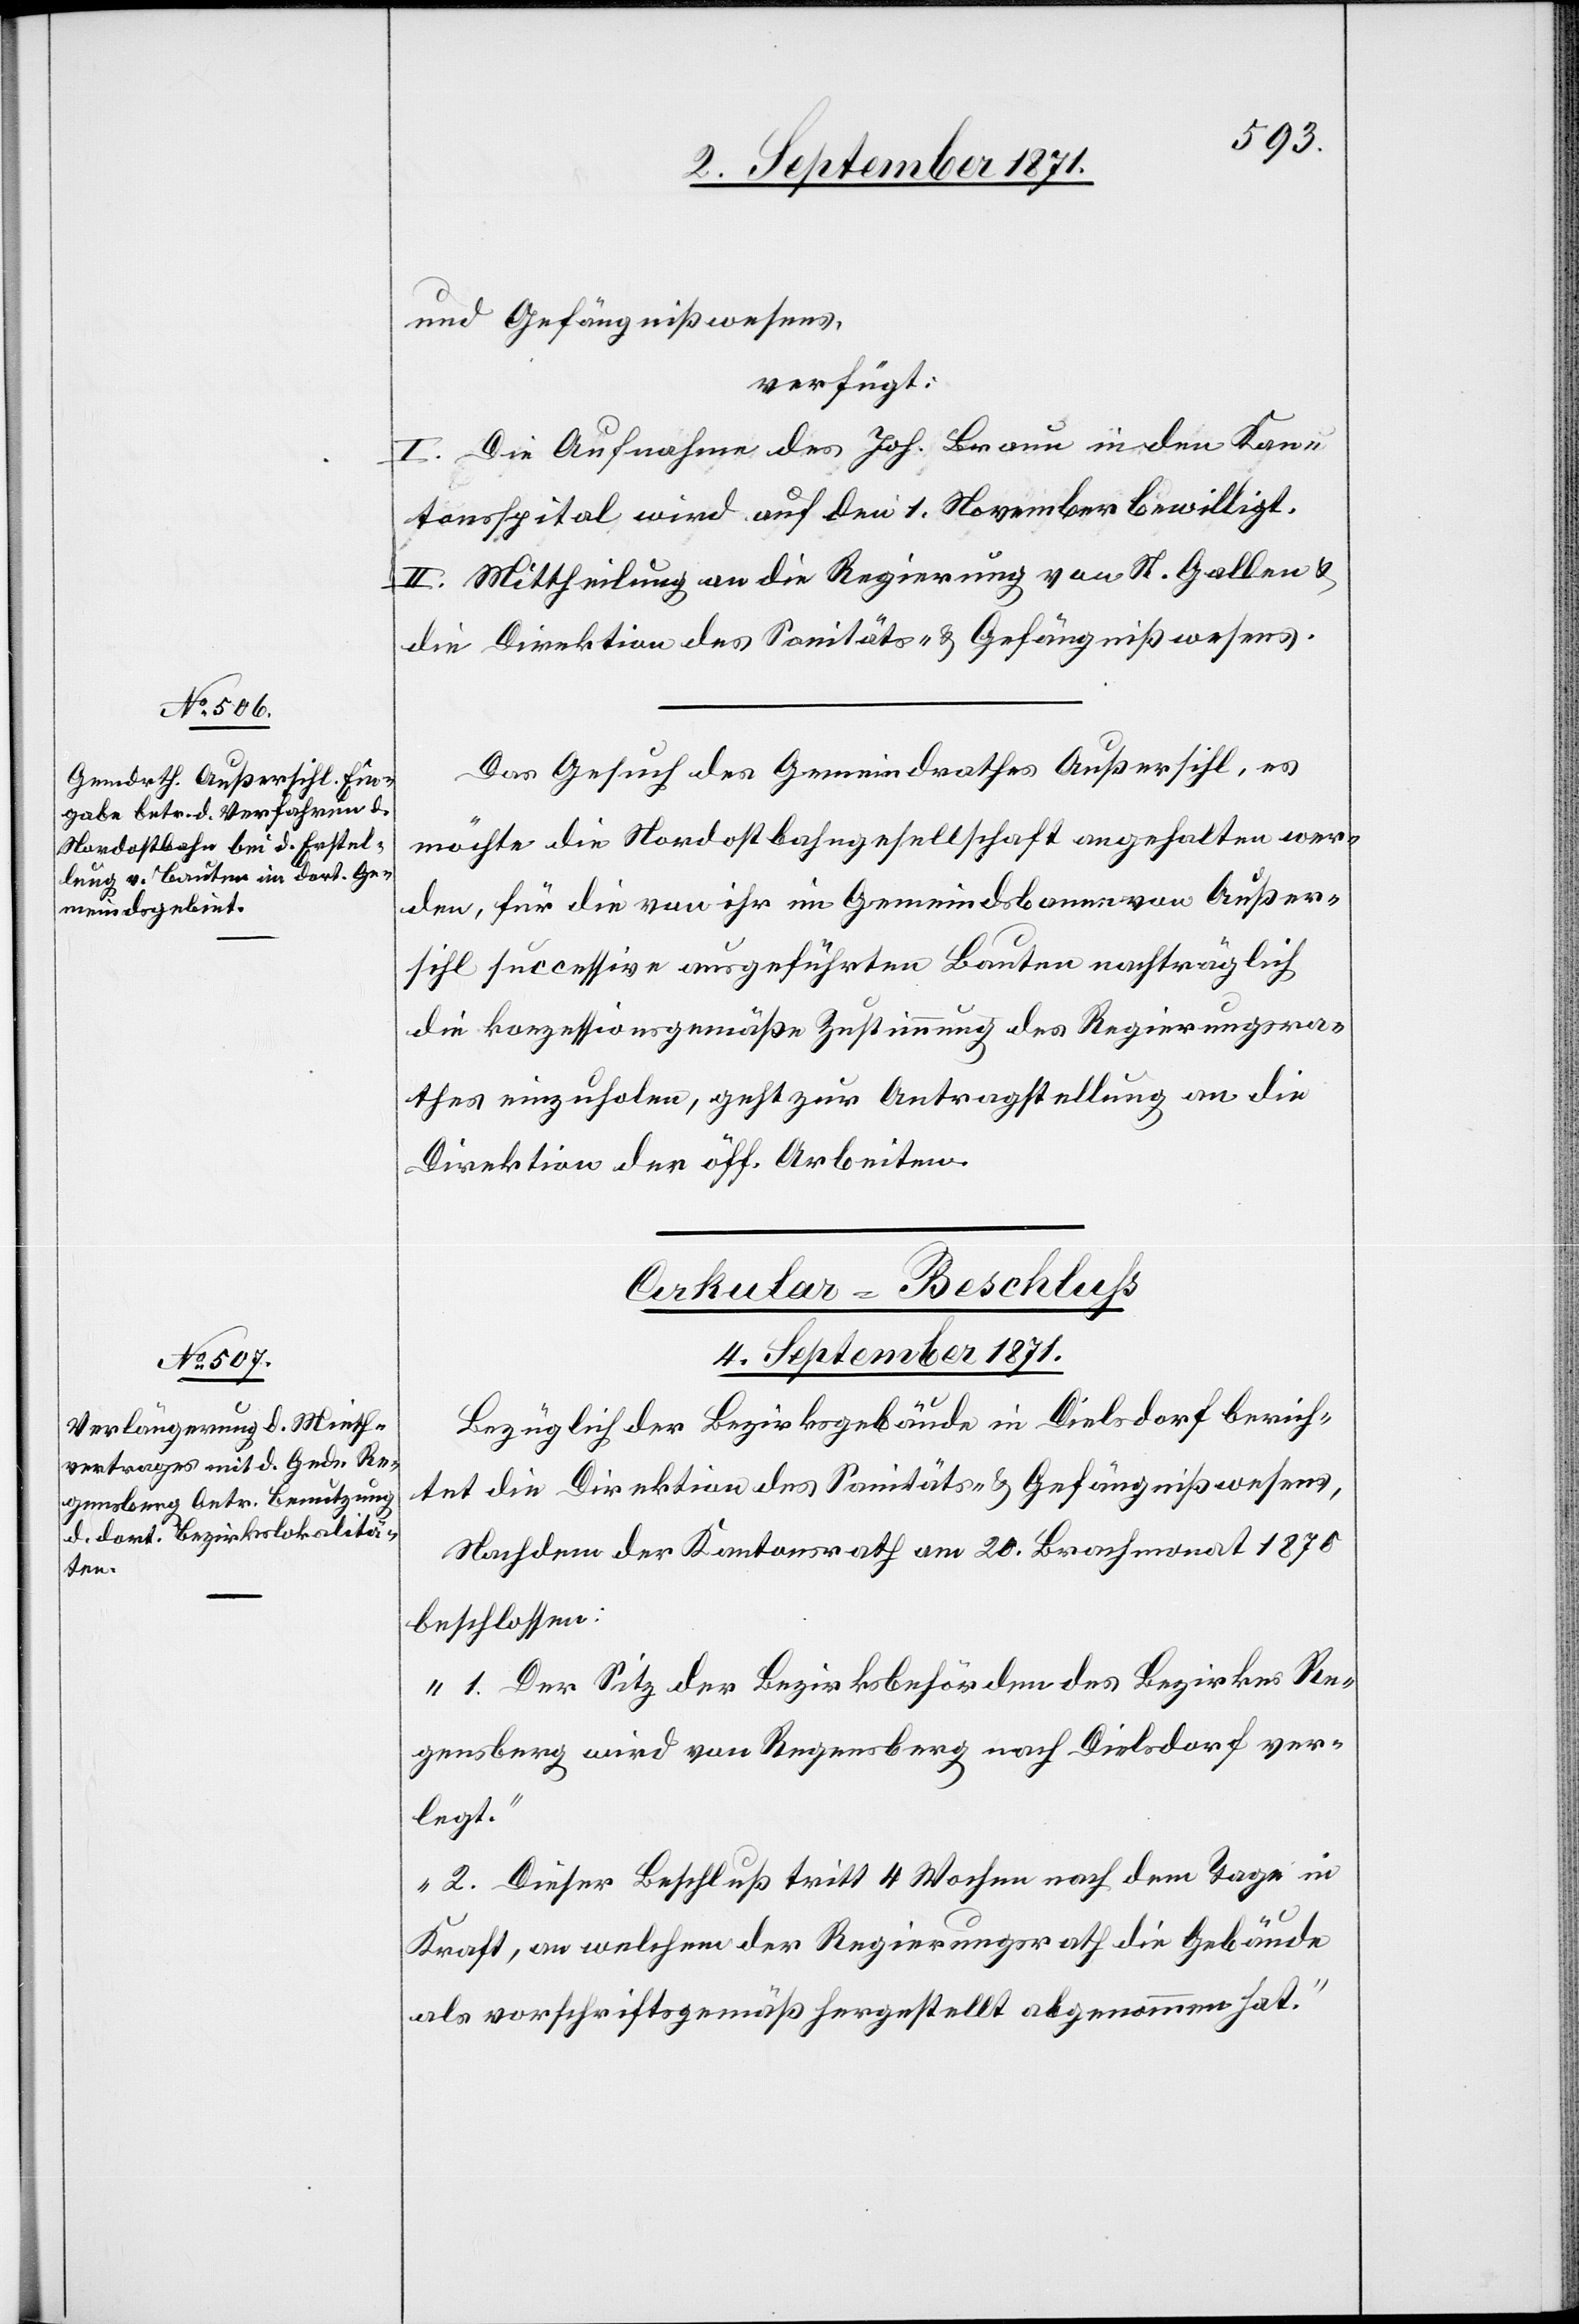
4. September 1871
und Gefängnißwesens
verfügt:
I. Die Aufnahme des Joh. Braun in den Kan¬
tonsspital wird auf den 1. November bewilligt.
II. Mittheilung an die Regierung von St. Gallen &
die Direktion des Sanitäts- & Gefängnißwesens.
Das Gesuch des Gemeindrathes Außersihl, es
möchte die Nordostbahngesellschaft angehalten wer¬
den, für die von ihr im Gemeindsbanne von Außer¬
sihl successive ausgeführten Bauten nachträglich
die konzessionsgemäße Zustimmung des Regierungsra¬
thes einzuholen, geht zur Antragstellung an die
Direktion der öff. Arbeiten.
Cirkular-Beschluß.
Bezüglich der Bezirksgebäude in Dielsdorf berich¬
tet die Direktion des Sanitäts- & Gefängnißwesens,
Nachdem der Kantonsrath am 20. Brachmonat 1870
beschlossen:
„1. Der Sitz der Bezirksbehörden des Bezirks Re¬
gensberg wird von Regensberg nach Dielsdorf ver¬
legt.“
„2. Dieser Beschluß tritt 4 Wochen nach dem Tage in
Kraft, an welchem der Regierungsrath die Gebäude
als vorschriftsgemäß hergestellt abgenommen hat.“